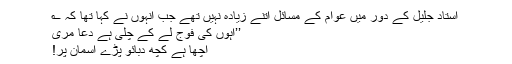
استاد جلیلؔ کے دَور میں عوام کے مسائل اتنے زیادہ نہیں تھے جب انہوں نے کہا تھا کہ ؎
’’آہوں کی فوج لے کے چلی ہے دُعا مری
اچھا ہے کچھ دبائو پڑے آسمان پر!